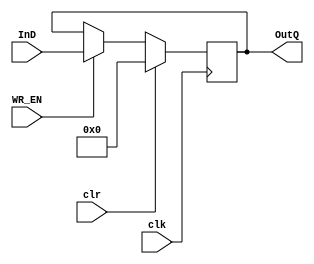
module reg32 ( InD, clr, clk, WR_EN, OutQ );
input [31:0] InD;
input clr, clk, WR_EN;
output [31:0] OutQ;

reg [31:0] out_nxt;

assign OutQ = out_nxt;

always@ (posedge clk)
begin
if (clr)
out_nxt <= 32'b0;
else
begin
	if (WR_EN == 1)
	begin
	out_nxt <= InD;
	end 
end 
end

endmodule